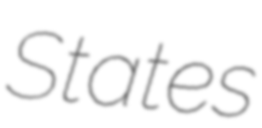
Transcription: States